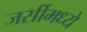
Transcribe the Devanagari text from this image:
जर्सीमध्ये